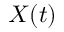
X ( t )